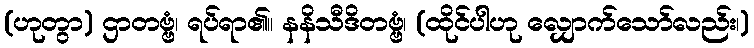
(ဟုတွာ) ဌာတဗ္ဗံ၊ ရပ်ရာ၏။ နနိသီဒိတဗ္ဗံ၊ (ထိုင်ပါဟု လျှောက်သော်လည်း၊)